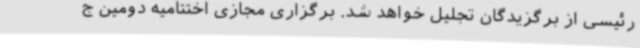
رئیسی از برگزیدگان تجلیل خواهد شد. برگزاری مجازی اختتامیه دومین ج